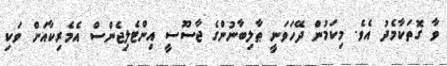
ވާ ގޮތަކާމެދު އެވެ. މިކަމުން ދޭހަވަނީ ޠާލިބާނުންގެ ޖާސޫސީ އިންޓެލިޖެންސް އެމެރިކާއަށް ވަކި